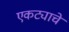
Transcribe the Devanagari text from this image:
एकट्याचे